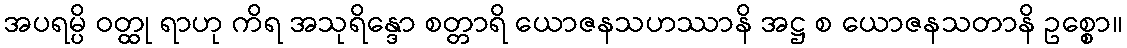
အပရမ္ပိ ဝတ္ထု ရာဟု ကိရ အသုရိန္ဒော စတ္တာရိ ယောဇနသဟဿာနိ အဋ္ဌ စ ယောဇနသတာနိ ဥစ္စော။